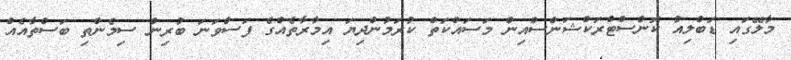
މާލޭގައި ޑަބްލިއު ކޮންސްޓްރަކްޝަންސްއިން މަސައްކަތް ކުރަމުންދިޔަ އިމާރާތެއްގެ ފަސްވަނަ ބުރިން ސިމެންތި ބަސްތާއެއް